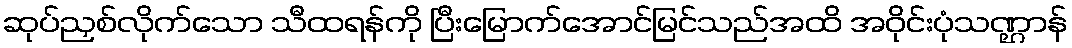
ဆုပ်ညှစ်လိုက်သော သီထရန်ကို ပြီးမြောက်အောင်မြင်သည်အထိ အဝိုင်းပုံသဏ္ဌာန်